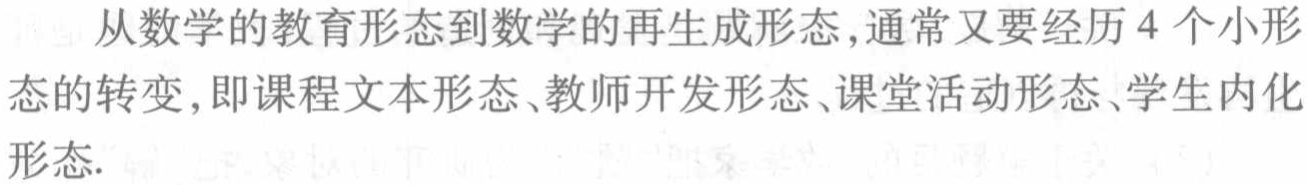
从数学的教育形态到数学的再生成形态,通常又要经历 4 个小形态的转变,即课程文本形态、教师开发形态、课堂活动形态、学生内化形态.